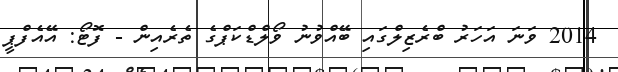
2014 ވަނަ އަހަރު ބްރެޒިލްގައި ބޭއްވުނު ވޯލްޑްކަޕްގެ ތެރެއިން - ފޮޓޯ: އޭއެފްޕީ